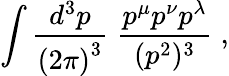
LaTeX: \int\frac{d^{3}p}{{(2\pi)}^{3}}\; \frac{p^{\mu}p^{\nu}p^{\lambda}}{(p^{2})^{3}}\; ,